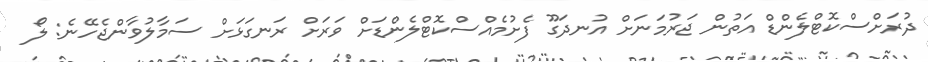
ދުރަށްސްކޮޓްލެންޑް އަތުން ޖަރުމަނަށް އުނދަގޫ ފެށުމެއްސްކޮޓްލެންޑަށް ވަރަށް ރަނގަޅަށް ސަމާލުވާންޖެހޭނެ: ލޯ